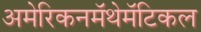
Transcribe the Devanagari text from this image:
अमेरिकनमॅथेमॅटिकल